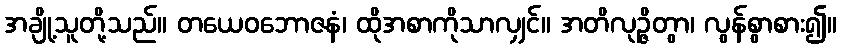
အချို့သူတို့သည်။ တယေဝဘောဇနံ၊ ထိုအစာကိုသာလျှင်။ အတိလုဉ္ဇိတွာ၊ လွန်စွာစား၍။